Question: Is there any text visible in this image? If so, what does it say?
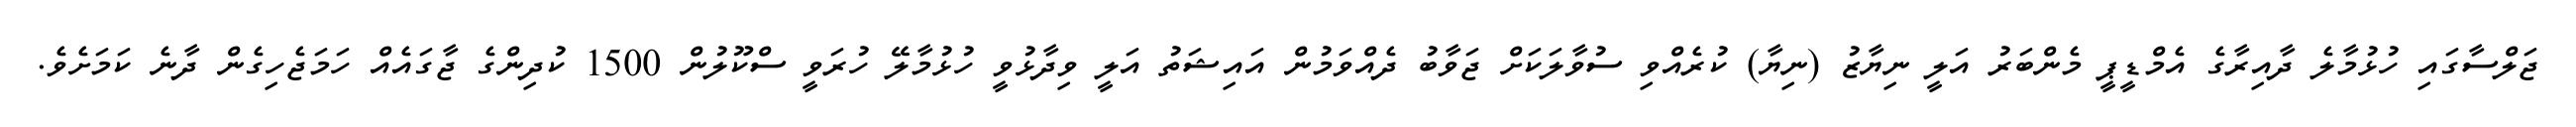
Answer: ޖަލްސާގައި ހުޅުމާލެ ދާއިރާގެ އެމްޑީޕީ މެންބަރު އަލީ ނިޔާޒު (ނިޔާ) ކުރެއްވި ސުވާލަކަށް ޖަވާބު ދެއްވަމުން އައިޝަތު އަލީ ވިދާޅުވީ ހުޅުމާލޭ ހުރަވީ ސްކޫލުން 1500 ކުދިންގެ ޖާގައެއް ހަމަޖެހިގެން ދާނެ ކަމަށެވެ.